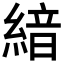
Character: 𦂺